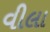
વીલા